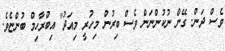
ވެސް ދަން. ގޭން ނުކުންނަން ވެސް ބިރުން މިހުރީ މިއަދު" އިބްރާހިމް ބުންޏެވެ.